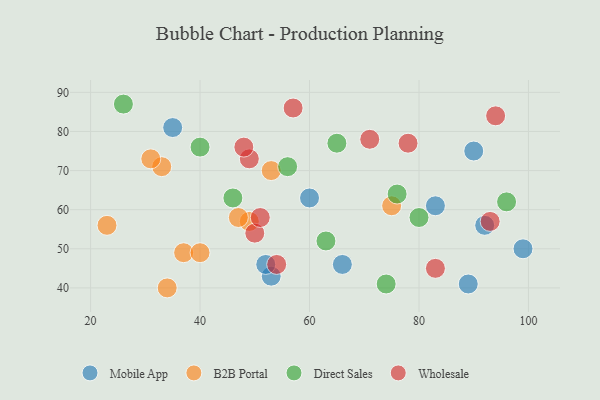
{"axis": {"x": "GDP", "y": "Life Expectancy"}, "legend": ["B2B Portal", "Direct Sales", "Mobile App", "Wholesale"], "data": [{"x": "90", "y": 75, "type": "Mobile App"}, {"x": "89", "y": 41, "type": "Mobile App"}, {"x": "66", "y": 46, "type": "Mobile App"}, {"x": "83", "y": 61, "type": "Mobile App"}, {"x": "53", "y": 43, "type": "Mobile App"}, {"x": "35", "y": 81, "type": "Mobile App"}, {"x": "92", "y": 56, "type": "Mobile App"}, {"x": "60", "y": 63, "type": "Mobile App"}, {"x": "99", "y": 50, "type": "Mobile App"}, {"x": "52", "y": 46, "type": "Mobile App"}, {"x": "33", "y": 71, "type": "B2B Portal"}, {"x": "37", "y": 49, "type": "B2B Portal"}, {"x": "75", "y": 61, "type": "B2B Portal"}, {"x": "34", "y": 40, "type": "B2B Portal"}, {"x": "49", "y": 57, "type": "B2B Portal"}, {"x": "23", "y": 56, "type": "B2B Portal"}, {"x": "40", "y": 49, "type": "B2B Portal"}, {"x": "53", "y": 70, "type": "B2B Portal"}, {"x": "31", "y": 73, "type": "B2B Portal"}, {"x": "47", "y": 58, "type": "B2B Portal"}, {"x": "56", "y": 71, "type": "Direct Sales"}, {"x": "74", "y": 41, "type": "Direct Sales"}, {"x": "65", "y": 77, "type": "Direct Sales"}, {"x": "26", "y": 87, "type": "Direct Sales"}, {"x": "63", "y": 52, "type": "Direct Sales"}, {"x": "76", "y": 64, "type": "Direct Sales"}, {"x": "40", "y": 76, "type": "Direct Sales"}, {"x": "96", "y": 62, "type": "Direct Sales"}, {"x": "46", "y": 63, "type": "Direct Sales"}, {"x": "80", "y": 58, "type": "Direct Sales"}, {"x": "93", "y": 57, "type": "Wholesale"}, {"x": "83", "y": 45, "type": "Wholesale"}, {"x": "54", "y": 46, "type": "Wholesale"}, {"x": "50", "y": 54, "type": "Wholesale"}, {"x": "51", "y": 58, "type": "Wholesale"}, {"x": "78", "y": 77, "type": "Wholesale"}, {"x": "71", "y": 78, "type": "Wholesale"}, {"x": "49", "y": 73, "type": "Wholesale"}, {"x": "48", "y": 76, "type": "Wholesale"}, {"x": "94", "y": 84, "type": "Wholesale"}, {"x": "57", "y": 86, "type": "Wholesale"}]}